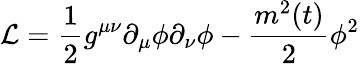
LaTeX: {\cal L}=\frac{1}{2}g^{\mu\nu}\partial_{\mu}\phi\partial_{\nu}\phi-\frac{m^{2}(t)}{2}\phi^{2}